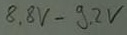
Text: 8,8V-9,2V